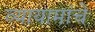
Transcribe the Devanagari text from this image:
व्यायामांचे